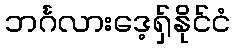
ဘင်္ဂလားဒေ့ရှ်နိုင်ငံ